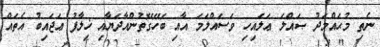
ނެތި މުޙައްމަދު ޞައްލަ ޢަލައިހި ވަސައްލަމަ އާއި ބޭހޭގޮތުންއާދަޔާއި ޚިލާފު ޢަޖައިބު އެތައް